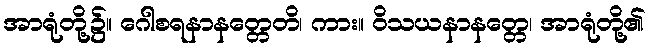
အာရုံတို့၌။ ဂေါစရနာနတ္တေတိ၊ ကား။ ဝိသယနာနတ္တေ၊ အာရုံတို့၏